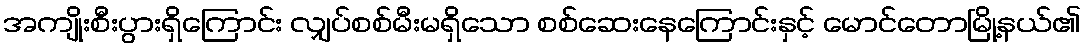
အကျိုးစီးပွားရှိကြောင်း လျှပ်စစ်မီးမရှိသော စစ်ဆေးနေကြောင်းနှင့် မောင်တောမြို့နယ်၏